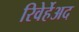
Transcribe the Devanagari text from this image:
रिवेर्हेअद